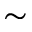
\sim